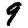
Digit: 9